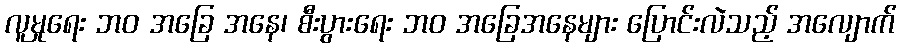
လူမှုရေး ဘဝ အခြေ အနေ၊ စီးပွားရေး ဘဝ အခြေအနေများ ပြောင်းလဲသည့် အလျောက်